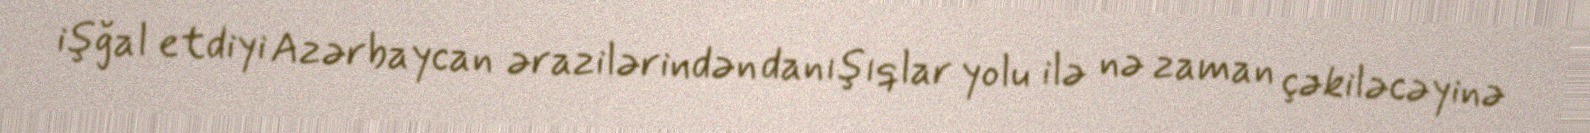
işğal etdiyi Azərbaycan ərazilərindən danışıqlar yolu ilə nə zaman çəkiləcəyinə